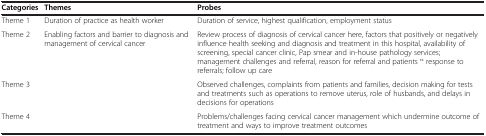
<table><thead><tr><td><b>Categories</b></td><td><b>Themes</b></td><td><b>Probes</b></td></tr></thead><tbody><tr><td>Theme 1</td><td>Duration of practice as health worker</td><td>Duration of service, highest qualification, employment status</td></tr><tr><td>Theme 2</td><td>Enabling factors and barrier to diagnosis and management of cervical cancer</td><td>Review process of diagnosis of cervical cancer here, factors that positively or negatively influence health seeking and diagnosis and treatment in this hospital, availability of screening, special cancer clinic, Pap smear and in-house pathology services; management challenges and referral, reason for referral and patients “ response to referrals; follow up care</td></tr><tr><td>Theme 3</td><td>[EMPTY_CELL]</td><td>Observed challenges, complaints from patients and families, decision making for tests and treatments such as operations to remove uterus, role of husbands, and delays in decisions for operations</td></tr><tr><td>Theme 4</td><td>[EMPTY_CELL]</td><td>Problems/challenges facing cervical cancer management which undermine outcome of treatment and ways to improve treatment outcomes</td></tr></tbody></table>